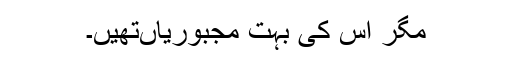
مگر اس کی بہت مجبوریاںتھیں۔